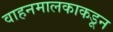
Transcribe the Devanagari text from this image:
वाहनमालकाकडून